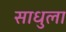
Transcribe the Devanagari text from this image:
साधुला